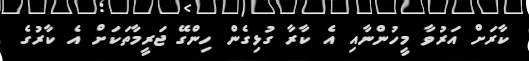
ކާރަށް އަރުވާ މީހުންނާއި އެ ކާރާ ގުޅިގެން ހިންގޭ ޖަރީމާތަކަށް އެ ކާރުގެ